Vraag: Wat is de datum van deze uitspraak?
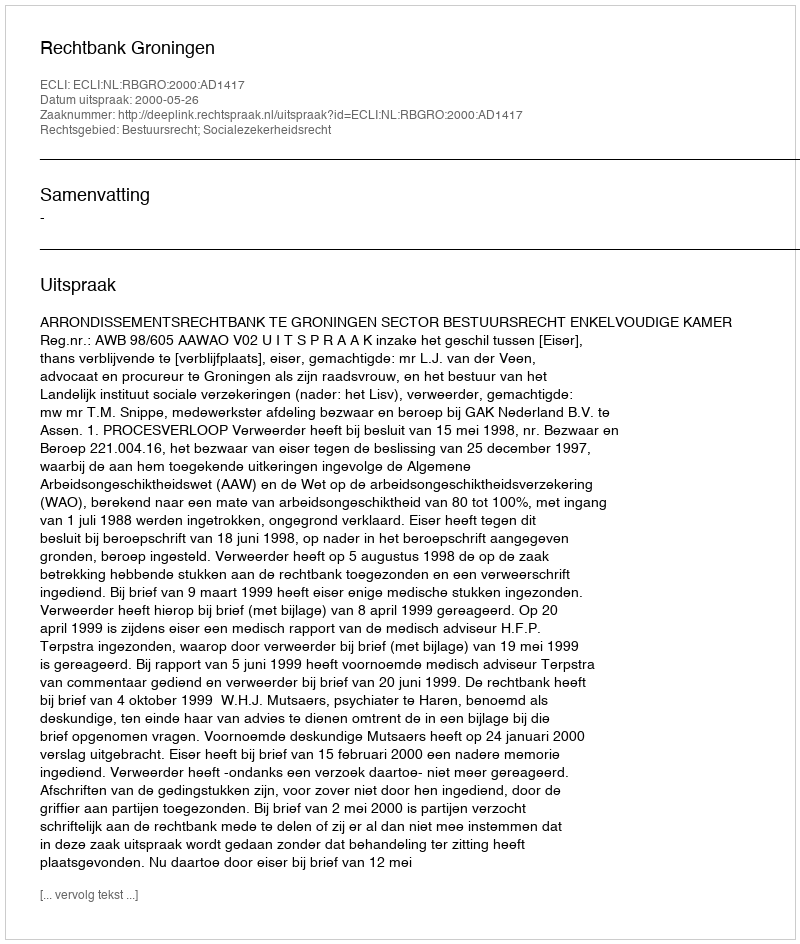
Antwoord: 2000-05-26